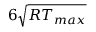
6 \sqrt { R { T _ { m a x } } }